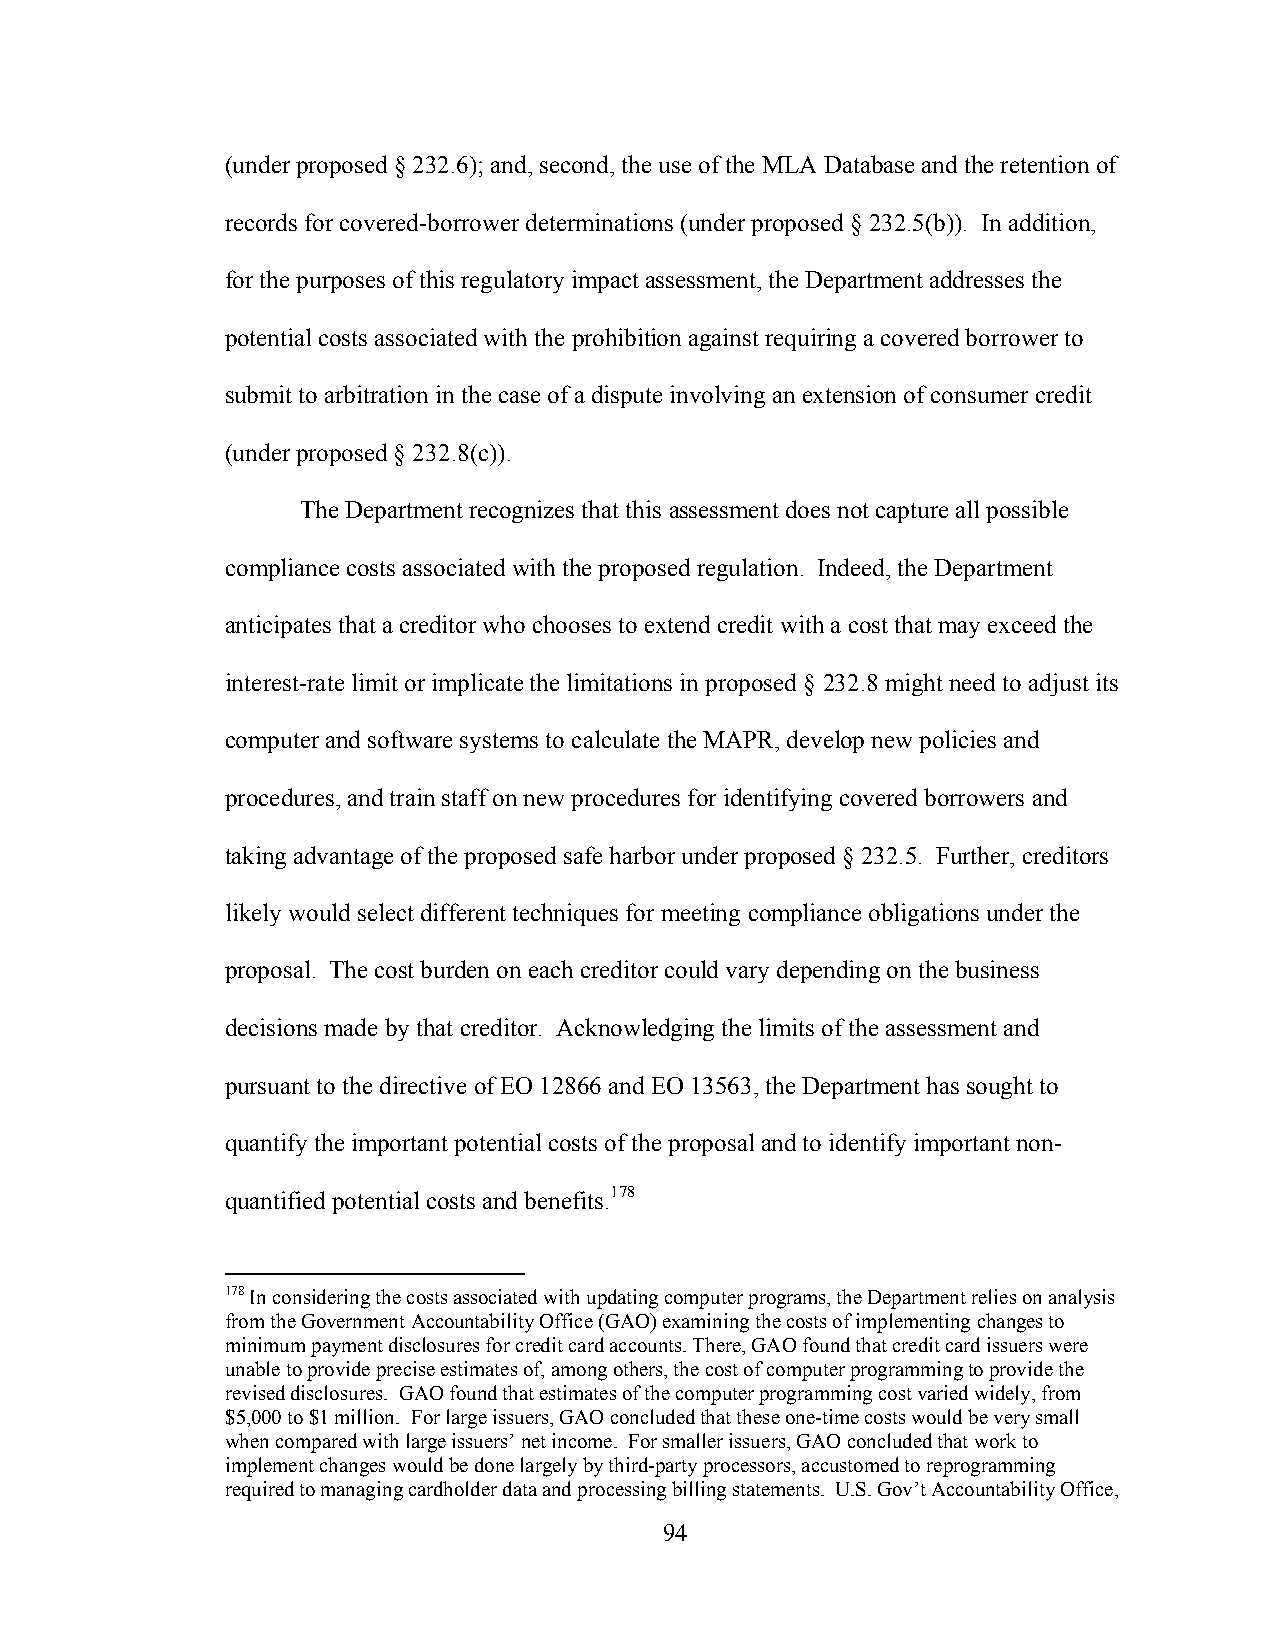
(under proposed § 232.6); and, second, the use of the MLA Database and the retention of
 records for covered-borrower determinations (under proposed § 232.5(b)). In addition,
 for the purposes of this regulatory impact assessment, the Department addresses the
 potential costs associated with the prohibition against requiring a covered borrower to
 submit to arbitration in the case of a dispute involving an extension of consumer credit
 (under proposed § 232.8(c)).
 The Department recognizes that this assessment does not capture all possible
 compliance costs associated with the proposed regulation. Indeed, the Department
 anticipates that a creditor who chooses to extend credit with a cost that may exceed the
 interest-rate limit or implicate the limitations in proposed § 232.8 might need to adjust its
 computer and software systems to calculate the MAPR, develop new policies and
 procedures, and train staff on new procedures for identifying covered borrowers and
 taking advantage of the proposed safe harbor under proposed § 232.5. Further, creditors
 likely would select different techniques for meeting compliance obligations under the
 proposal. The cost burden on each creditor could vary depending on the business
 decisions made by that creditor. Acknowledging the limits of the assessment and
 pursuant to the directive of EO 12866 and EO 13563, the Department has sought to
 quantify the important potential costs of the proposal and to identify important non-
 quantified potential costs and benefits.178
 178 In considering the costs associated with updating computer programs, the Department relies on analysis
 from the Government Accountability Office (GAO) examining the costs of implementing changes to
 minimum payment disclosures for credit card accounts. There, GAO found that credit card issuers were
 unable to provide precise estimates of, among others, the cost of computer programming to provide the
 revised disclosures. GAO found that estimates of the computer programming cost varied widely, from
 $5,000 to $1 million. For large issuers, GAO concluded that these one-time costs would be very small
 when compared with large issuers’ net income. For smaller issuers, GAO concluded that work to
 implement changes would be done largely by third-party processors, accustomed to reprogramming
 required to managing cardholder data and processing billing statements. U.S. Gov’t Accountability Office,
 94